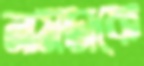
নামডাকে